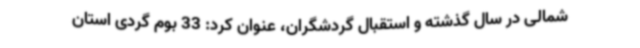
شمالی در سال گذشته و استقبال گردشگران، عنوان کرد: 33 بوم گردی استان